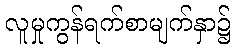
လူမှုကွန်ရက်စာမျက်နှာ၌